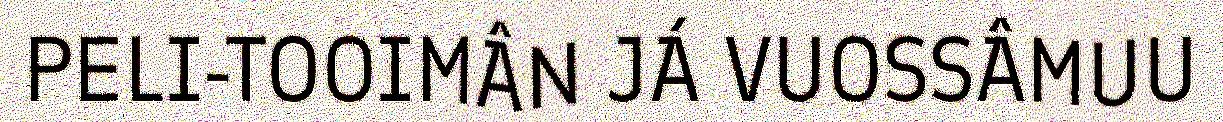
PELI-TOOIMÂN JÁ VUOSSÂMUU